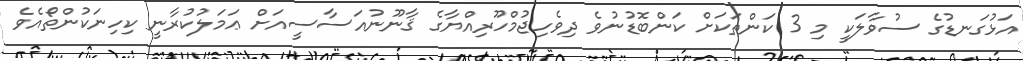
އަޅުގަނޑުގެ ސުވާލަކީ މި 3 ކަންތަކަށް ކަންބޮޑުނުވެ ދިވެހިޖުމްހޫރިއްޔާގެ ޤާނޫނުއަސާސީއަށް ޢަމަލުކުރާނީ ކިހިނަކުންތޯއެވެ